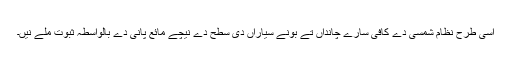
اسی طرح نظام شمسی دے کافی سارے چانداں تے بونے سیاراں دی سطح دے نیچے مائع پانی دے بالواسطہ ثبوت ملے نيں۔